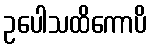
ဥပေါသထိကောပိ